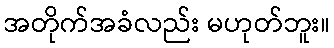
အတိုက်အခံလည်း မဟုတ်ဘူး။